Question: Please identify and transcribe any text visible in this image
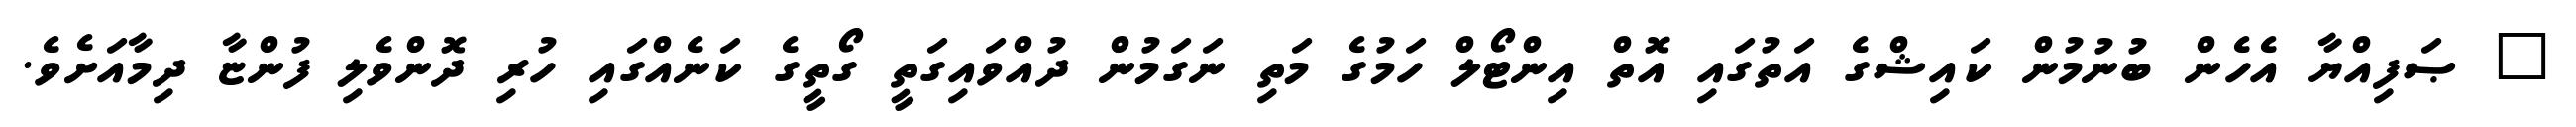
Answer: " ޞަފިއްޔާ އެހެން ބުނުމުން ކައިޝްގެ އަތުގައި އޮތް އިންޓޯލް ހަމުގެ މަތި ނަގަމުން ދުއްވައިގަތީ ގޯތީގެ ކަނެއްގައި ހުރި ދޮންވެލި ފުންޏާ ދިމާއަށެވެ.